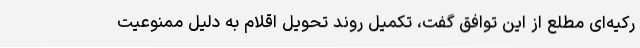
رکیه‌ای مطلع از این توافق‌ گفت، تکمیل روند تحویل اقلام به دلیل ممنوعیت